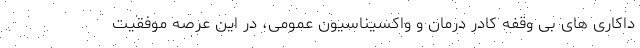
داکاری های بی وقفه کادر درمان و واکسیناسیون عمومی، در این عرصه موفقیت